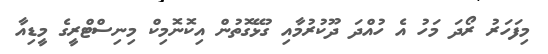
މިފަހަރު ރޯދަ މަހު އެ ހުއްދަ ދޫކުރުމާއި ގުޅޭގޮތުން އިކޮނޮމިކް މިނިސްޓްރީގެ މީޑިއާ